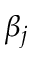
\beta _ { j }